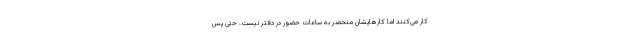
کار می‌کنند اما کارهایشان منحصر به ساعات حضور در دفتر نیست. حتی پس